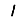
Digit: 1